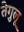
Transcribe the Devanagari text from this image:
तेगुलू